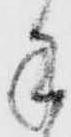
手